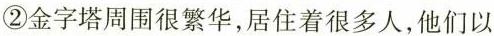
②金字塔周围很繁华，居住着很多人，他们以